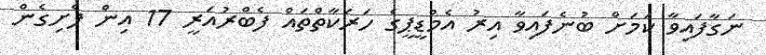
ނަގާފައިވާ ކަމަށް ބުނެފައިވާ އިރު އެމްޑީޕީގެ ހަރަކާތްތައް ފެބްރުއަރީ 17 އިން ފެށިގެން